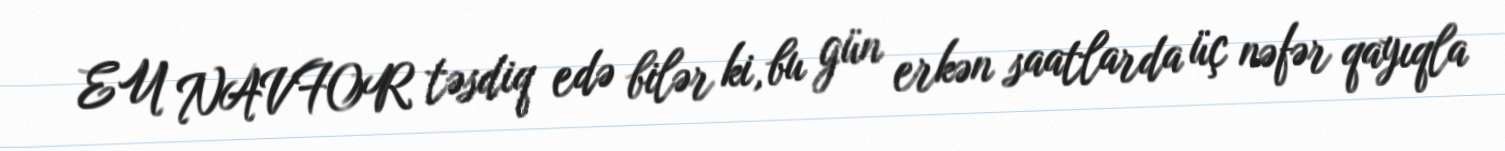
EU NAVFOR təsdiq edə bilər ki, bu gün erkən saatlarda üç nəfər qayıqla